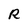
Character: R